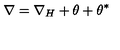
\nabla = \nabla _ { H } + \theta + \theta ^ { * }